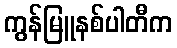
ကွန်မြူနစ်ပါတီက